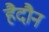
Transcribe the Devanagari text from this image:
हैदौन